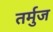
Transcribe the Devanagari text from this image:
तर्मुज